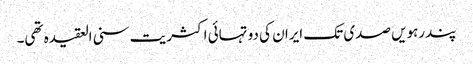
پندرہویں صدی تک ایران کی دو تہائی اکثریت سنی العقیدہ تھی۔